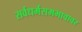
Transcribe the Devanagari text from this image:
सर्वधर्मसमभावावर